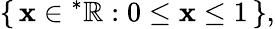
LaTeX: \{ \, \mathbf{x}\in{^{*}\mathbb{{R}}}:0\leq\mathbf{x}\leq1\, \} ,